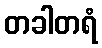
တခါတရံ